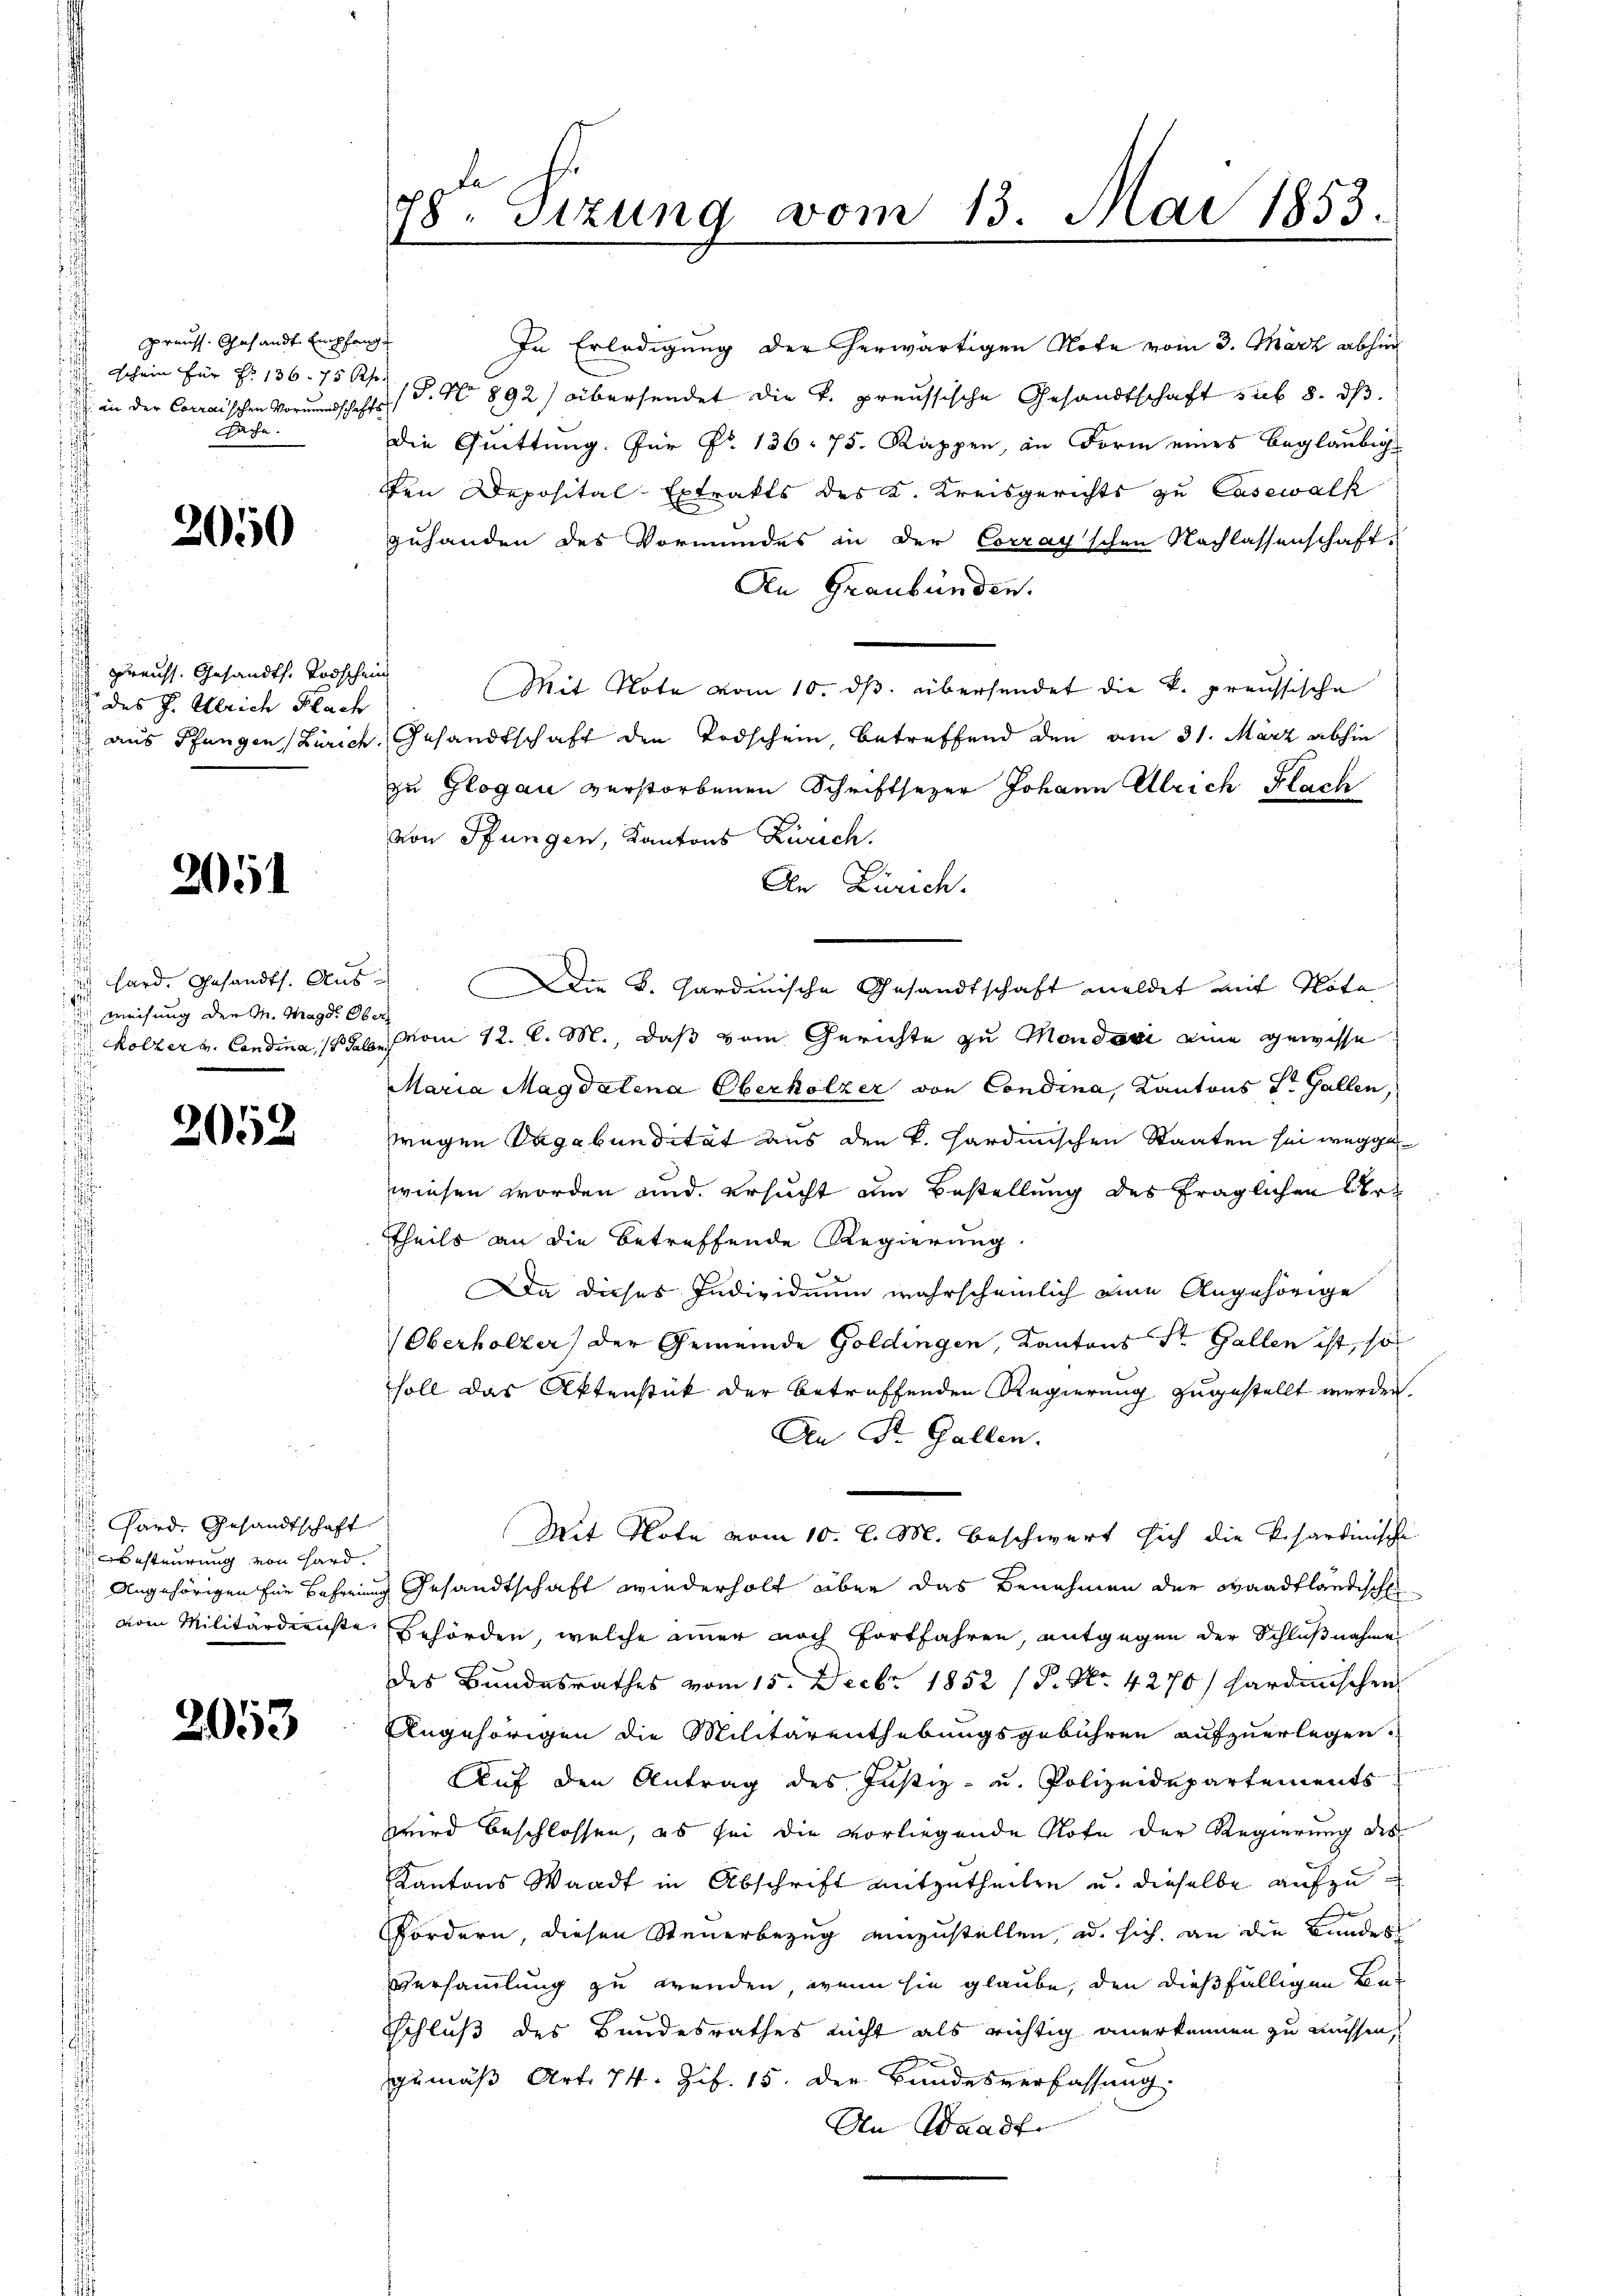
preuss. Gesandt Empfang
i
Schein für No 136. 75 Khr
ssache.

2050

preuss. Gesandts. Todschei
s des J. Ulrich Flach
¬

2051

su hard. Gesandts. Aus
Weisung der M. Magd. Ob
 Hölzer v. Candina, 18 Ja
s

2052

Gard. Gesandtschaft
besteurung von Hard
 Angehörigen für Befreiun
 vom Militärdienste

2053

78. Sizung vom 13. Mai 1853.

In Erledigung der herwärtigen Note vom 3. März abhin
 an der Correischen Vormundschafts S. No 892) übersendet die k. preussische Gesandtschaft sub 8. ds.
die Quittung. Für Nr. 136. 75. Rappen, in Form eines beglaubigden Deposital-Extrakts des K. Kreisgerichts zu Casewalk
zuhanden des Vormundes in der Corray'schen Nachlassenschaft
An Graubünden.
nich
Mit Note vom 10. ds. übersendet die k. preussische
aus Pfungen (Zürich, Gesandtschaft den Todschein, betreffend den am 31. März abhin
zu Glogau verstorbenen Schriftsezer Johann Ulrich Flach
von Pfungen, Kantons Zürich.
.
An Zürich.
h
Die k. Gardinische Gesandtschaft meldet mit Nota
S
vom 12. l. M., daß vom Gerichte zu Mondani eine gewisse
¬
Maria Magdalena Oberholzer von Condina, Kantons St. Gallen,
wegen Vagabundität aus den k. Hardmischen Staaten sei weggewiesen worden und ersucht am Bestellung des fraglichen Ver¬
Theils an die betreffende Regierung
Da dieses Individium wahrscheinlich eine Angehörige
Oberholzer der Gemeinde Goldingen, Kantons St. Gallen ist, so
soll das Aktenstück der betreffenden Regierung zugestellt werden.
Den St. Gallen.
Mit Note vom 10. l. M. beschwert sich die Pisardinische
ug Gesandtschaft wiederholt aber das Benehmen der Waadtländisch
Behörden, welche immer noch fortfahren, entgegen der Schlußnahme
des Bundesrathes vom 15. Decbr 1852 (P. Nr. 4270) hardischen
Angehörigen die Militärenthebungsgebühren aufzuerlegen.
Auf den Antrag des Justiz- u. Polizeidepartements
wird beschlossen, es sei die vorliegende Note der Regierung des
Kantons Waadt in Abschrift mitzutheilen u. dieselbe aufzu¬
E
Fordern, diesen Steuerbezug einzustellen, u. sich an die Bundes
Versammlung zu wenden, wenn sie glaube, den dießfälligen Be¬
Schluß des Bundesrathes nicht als richtig anerkennen zu müssen,
.
gemäß Art. 74. Zif. 15. Der Bundesverfassung.
An Waadt